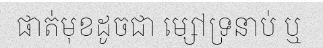
ផាត់មុខដូចជា ម្សៅទ្រនាប់ ឬ